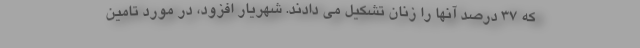
که ۳۷ درصد آنها را زنان تشکیل می دادند. شهریار افزود، در مورد تامین